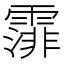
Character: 𩄼